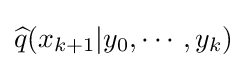
{\widehat {q}}(x_{k+1}|y_{0},\cdots ,y_{k})